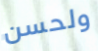
ولحسن